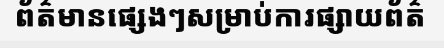
ព័ត៌មានផ្សេងៗសម្រាប់ការផ្សាយព័ត៌